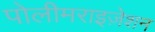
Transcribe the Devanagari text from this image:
पोलीमराइज़ेशन